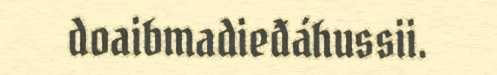
doaibmadieđáhussii.